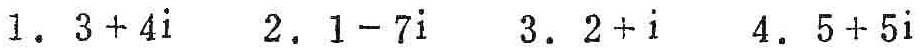
1. \(3 + 4i\)  2. \(1 - 7i\)  3. \(2 + i\)  4. \(5 + 5i\)